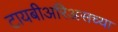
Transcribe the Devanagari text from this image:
टायबीअरिअसच्या